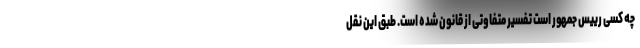
چه کسی رییس جمهور است تفسیر متفاوتی از قانون شده است. طبق این نقل